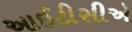
આઈટીસીએ